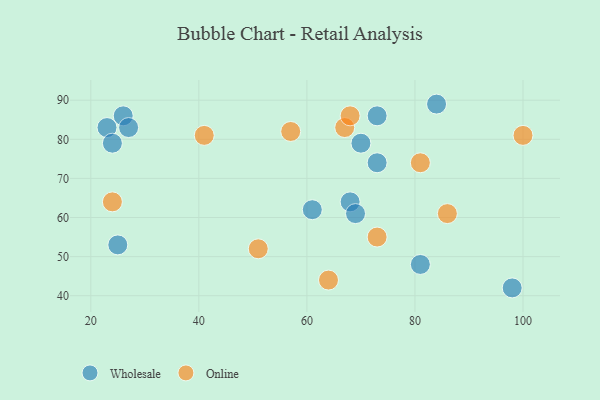
{"axis": {"x": "GDP", "y": "Life Expectancy"}, "legend": ["Online", "Wholesale"], "data": [{"x": "23", "y": 83, "type": "Wholesale"}, {"x": "84", "y": 89, "type": "Wholesale"}, {"x": "68", "y": 64, "type": "Wholesale"}, {"x": "81", "y": 48, "type": "Wholesale"}, {"x": "25", "y": 53, "type": "Wholesale"}, {"x": "26", "y": 86, "type": "Wholesale"}, {"x": "69", "y": 61, "type": "Wholesale"}, {"x": "73", "y": 74, "type": "Wholesale"}, {"x": "24", "y": 79, "type": "Wholesale"}, {"x": "27", "y": 83, "type": "Wholesale"}, {"x": "61", "y": 62, "type": "Wholesale"}, {"x": "70", "y": 79, "type": "Wholesale"}, {"x": "73", "y": 86, "type": "Wholesale"}, {"x": "98", "y": 42, "type": "Wholesale"}, {"x": "64", "y": 44, "type": "Online"}, {"x": "67", "y": 83, "type": "Online"}, {"x": "68", "y": 86, "type": "Online"}, {"x": "51", "y": 52, "type": "Online"}, {"x": "24", "y": 64, "type": "Online"}, {"x": "100", "y": 81, "type": "Online"}, {"x": "73", "y": 55, "type": "Online"}, {"x": "86", "y": 61, "type": "Online"}, {"x": "81", "y": 74, "type": "Online"}, {"x": "57", "y": 82, "type": "Online"}, {"x": "41", "y": 81, "type": "Online"}]}